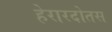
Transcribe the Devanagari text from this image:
हेरारदोतस